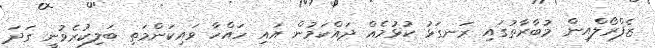
ޒެފްރޯލްއިން މުބާރާތުގައި ރަނގަޅު ކުޅުމެއް ދައްކަމުން އައި ހައްހާ ވައިކަންމަތި ބަލިކުރެވުނީ ގަދަ